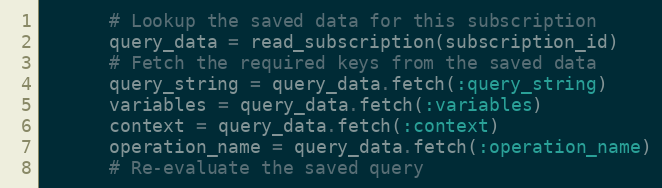
Language: Ruby
      # Lookup the saved data for this subscription
      query_data = read_subscription(subscription_id)
      # Fetch the required keys from the saved data
      query_string = query_data.fetch(:query_string)
      variables = query_data.fetch(:variables)
      context = query_data.fetch(:context)
      operation_name = query_data.fetch(:operation_name)
      # Re-evaluate the saved query